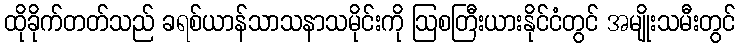
ထိုခိုက်တတ်သည် ခရစ်ယာန်သာသနာသမိုင်းကို ဩစတြီးယားနိုင်ငံတွင် အမျိုးသမီးတွင်